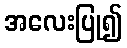
အလေးပြု၍